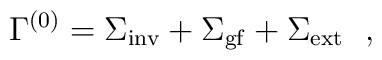
\Gamma^{(0)} =\Sigma _{{\rm inv}}+\Sigma _{{\rm gf}}+  \Sigma _{{\rm ext}}~~,